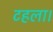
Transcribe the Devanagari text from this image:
टहला।